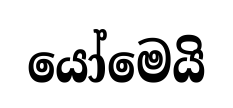
යෝමෙයි